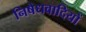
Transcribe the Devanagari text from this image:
निषेधवादियों